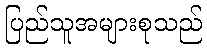
ပြည်သူအများစုသည်